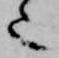
也